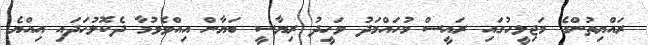
ރައްޔިތުންގެ މަޖިލީހުގައި ރައީސް މުހައްމަދު ވަހީދު ރިޔާސީ ބަޔާން އިއްވެވުމާ ދެކޮޅުހަދައި އިއްޔެ